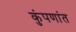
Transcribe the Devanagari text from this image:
कुंपणांत